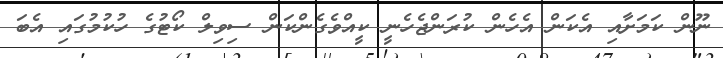
ނޫން ކަމަށާއި އެކަން އެހެން ކުރަންޖެހެނީ ކީއްވެގެންކަން ސިވިލް ކޯޓުގެ ހުކުމުގައި އެބަ